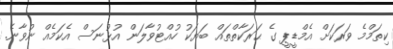
ކިތަމްމެ ވަރަކަށް އެމްޑީޕީ ގެ ޙަރަކާތްތައް ބަޔަކު ހުއްޓުވާލަން އުޅުނަސް އެކަމެއް ނުވާނެ.